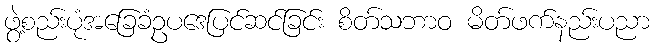
ဖွဲ့စည်းပုံအခြေခံဥပဒေပြင်ဆင်ခြင်း စိတ်သဘာဝ မိတ်ဖက်နည်းပညာ